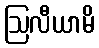
ဩလီယာမိ